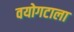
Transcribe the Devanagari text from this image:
वयोगटाला